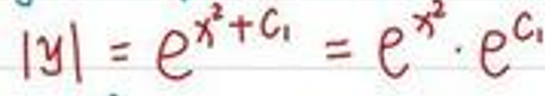
$|y| = e^{x^{2}+C_{1}} = e^{x^{2}}\cdot e^{C_{1}}$